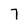
Character: 7